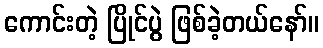
ကောင်းတဲ့ ပြိုင်ပွဲ ဖြစ်ခဲ့တယ်နော်။